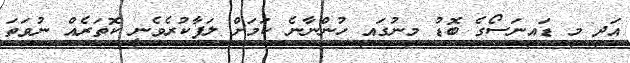
އަދި މި ޑައިނަސޯގެ ބޮޑު މިނުގައި ހުންނާނެ ކަމަށް ލަފާކުރެވެނީ ކޮތަރެއް ނުވަތަ